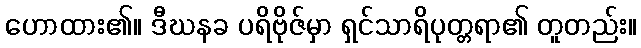
ဟောထား၏။ ဒီဃနခ ပရိဗိုဇ်မှာ ရှင်သာရိပုတ္တရာ၏ တူတည်း။